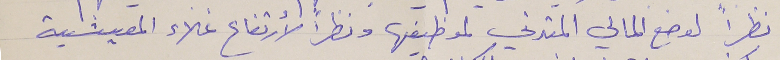
نظراً لوضع المالي المتدني لموظيفها ونظراً لأرتفاع غلاء المعيشية